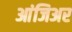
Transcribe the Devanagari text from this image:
आंजिअर